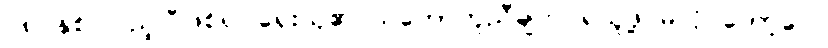
၁၈ နှစ် ပြည့်ပြီဖြစ်၍ ရှေးယု၏ သဘောတူညီချက် ရယူဖို့ မလို တော့ပေ။